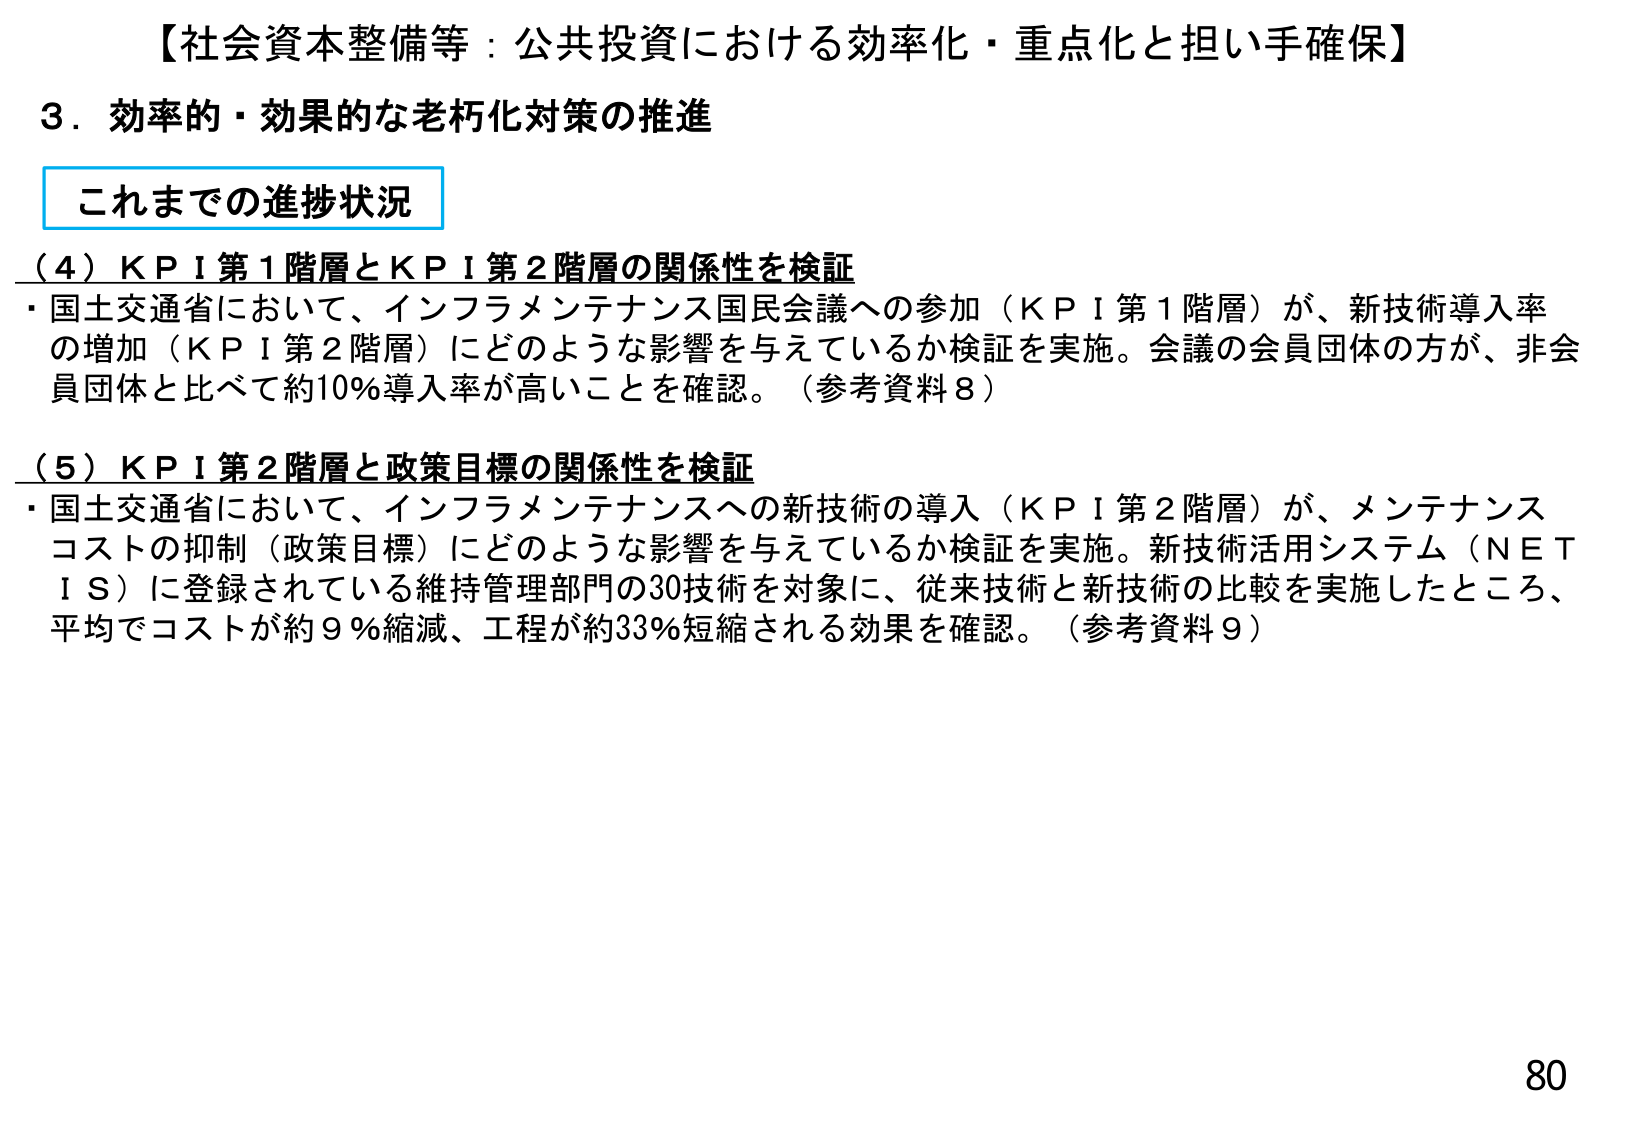
【社会資本整備等：公共投資における効率化・重点化と担い手確保】
3．効率的・効果的な老朽化対策の推進
これまでの進捗状況
（4）ＫＰＩ第1階層とＫＰＩ第2階層の関係性を検証
・国土交通省において、インフラメンテナンス国民会議への参加（ＫＰＩ第1階層）が、新技術導入率の増加（ＫＰＩ第2階層）にどのような影響を与えているか検証を実施。会議の会員団体の方が、非会員団体と比べて約10％導入率が高いことを確認。（参考資料8）
（5）ＫＰＩ第2階層と政策目標の関係性を検証
・国土交通省において、インフラメンテナンスへの新技術の導入（ＫＰＩ第2階層）が、メンテナンスコストの抑制（政策目標）にどのような影響を与えているか検証を実施。新技術活用システム（ＮＥＴＩＳ）に登録されている維持管理部門の30技術を対象に、従来技術と新技術の比較を実施したところ、平均でコストが約9％縮減、工程が約33％短縮される効果を確認。（参考資料9）
80